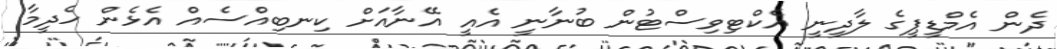
ދެން އެމްޑީޕީގެ ލާދީނީ އެކްޓިވިސްޓުން ބުނާނީ އެއީ އޭނާއަށް ކިނބިއްސެއް އެޅެން ހެދީމާ